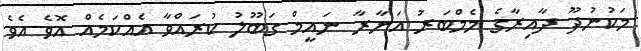
މަކުނުދޫ ދާއިރާގެ މެމްބަރު އަނާރާ ނައީމް ގަބޫލު ކުރައްވާ އެއްކަމެއް އޮވެ އެވެ